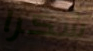
شكرا